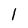
Character: l